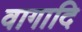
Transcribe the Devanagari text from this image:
वागादि